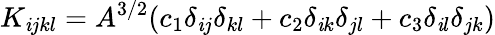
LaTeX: K_{\mathit{i}jkl}=A^{3/2}(c_{1}\delta_{\mathit{i}j}\delta_{kl}+c_{2}\delta_{\mathit{i}k}\delta_{jl}+c_{3}\delta_{\mathit{i}l}\delta_{jk})